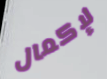
لإكمال